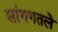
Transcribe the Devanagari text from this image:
सांगगतले